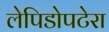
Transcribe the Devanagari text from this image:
लेपिडोपटेरा